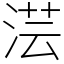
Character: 𣶽